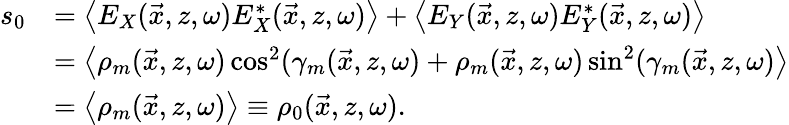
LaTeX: \begin{array}{rl}{s_{0}}&{=\left\langle E_{X}(\vec{x},z,\omega)E_{X}^{*}(\vec{x},z,\omega)\right\rangle+\left\langle E_{Y}(\vec{x},z,\omega)E_{Y}^{*}(\vec{x},z,\omega)\right\rangle}\\ &{=\left\langle\rho_{m}(\vec{x},z,\omega)\cos^{2}(\gamma_{m}(\vec{x},z,\omega)+\rho_{m}(\vec{x},z,\omega)\sin^{2}(\gamma_{m}(\vec{x},z,\omega)\right\rangle}\\ &{=\left\langle\rho_{m}(\vec{x},z,\omega)\right\rangle\equiv\rho_{0}(\vec{x},z,\omega).}\end{array}